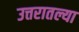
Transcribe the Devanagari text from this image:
उत्तरातल्या